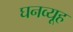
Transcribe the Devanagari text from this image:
घनव्यूह